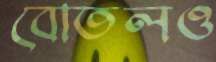
বোতলও